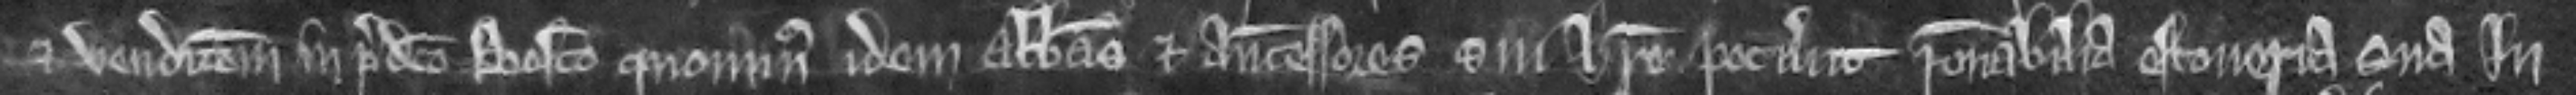
et vendicionem in predicto bosco quominus idem Abbas et antecessores sui habere potuerunt racionabilia estoveria sua in